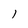
Character: 1